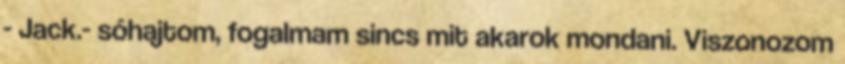
- Jack.- sóhajtom, fogalmam sincs mit akarok mondani. Viszonozom